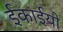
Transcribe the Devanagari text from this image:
ईकाईयो